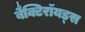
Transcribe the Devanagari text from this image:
बैक्टिरॉयड्स